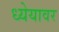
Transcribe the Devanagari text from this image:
ध्येयावर